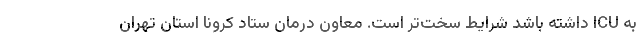
به ICU داشته باشد شرایط سخت‌تر است. معاون درمان ستاد کرونا استان تهران